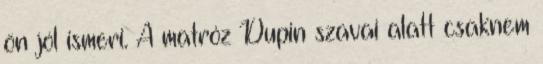
ön jól ismeri. A matróz Dupin szavai alatt csaknem